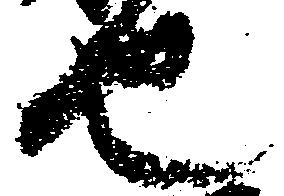
也